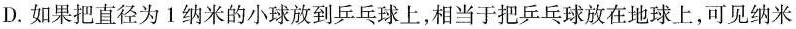
D. 如果把直径为 1 纳米的小球放到乒乓球上，相当于把乒乓球放在地球上，可见纳米